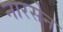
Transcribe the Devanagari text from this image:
नारसेन